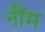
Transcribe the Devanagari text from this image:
नींम